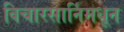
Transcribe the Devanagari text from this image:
विचारसार्निमधून